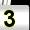
Digit: 3